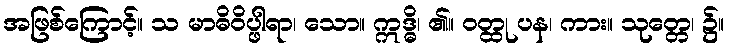
အဖြစ်ကြောင့်။ သ မာဓိဝိပ္ဖါရာ၊ သော။ ဣဒ္ဓိ၊ ၏။ ဝတ္ထု ပန၊ ကား။ သုတ္တေ၊ ၌။